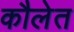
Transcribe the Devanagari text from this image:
कौलेत